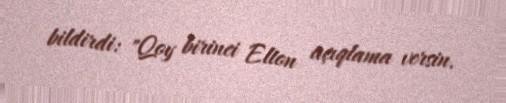
bildirdi: "Qoy birinci Elton açıqlama versin.